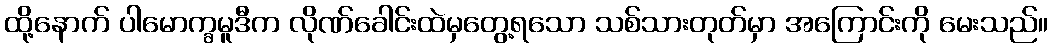
ထို့နောက် ပါမောက္ခမူဒီက လိုဏ်ခေါင်းထဲမှတွေ့ရသော သစ်သားတုတ်မှာ အကြောင်းကို မေးသည်။